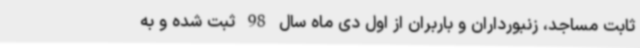
ثابت مساجد، زنبورداران و باربران از اول دی ماه سال 98 ثبت شده و به